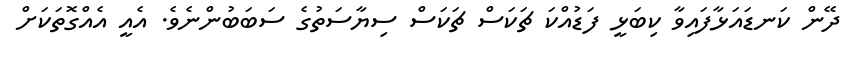
ދޭން ކަނޑައަޅާފައިވާ ކިބަޅީ ފަޑުއްކަ ޗަކަސް ޗަކަސް ސިޔާސަތުގެ ސަބަބުންނެވެ. އެއީ އެއްގޮތަކަށް